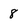
Character: 8